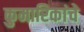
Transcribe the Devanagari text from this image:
कुमारिकांचे